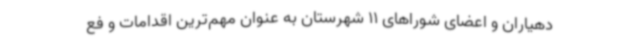
دهیاران و اعضای شوراهای 11 شهرستان به عنوان مهم‌ترین اقدامات و فع